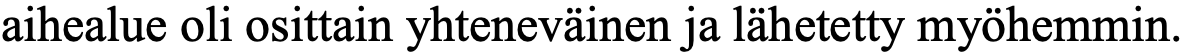
aihealue oli osittain yhteneväinen ja lähetetty myöhemmin.